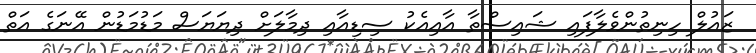
ޒައުލް ހިނިތުންވެލާފައި ޝައިސްތާ އާއިއެކު ސިޑިއާއި ދިމާލަށް ދިޔަޔަސް މަޑުމަޑުން އޭނަގެ އަތް